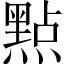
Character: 㸃